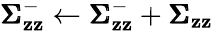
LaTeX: \pmb{\Sigma}_{\mathbf{z}\mathbf{z}}^{-}\leftarrow\pmb{\Sigma}_{\mathbf{z}\mathbf{z}}^{-}+\pmb{\Sigma}_{\mathbf{z}\mathbf{z}}